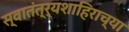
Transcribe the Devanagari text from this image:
स्वातंत्र्यशाहिराच्या